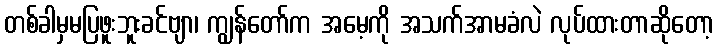
တစ်ခါမှမပြဖူးဘူးခင်ဗျာ၊ ကျွန်တော်က အမေ့ကို အသက်အာမခံလဲ လုပ်ထားတာဆိုတော့